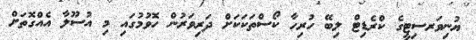
ޔުނިވަރސިޓީގެ ކްރެޑިޓް ލިބޭ ހުރިހާ ކޯސްތަކަކަށް ދަރިވަރުން ހޮވުމުގައި މި އުސޫލާ އެއްގޮތަށް